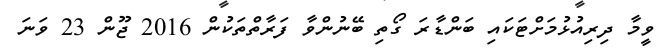
ވީމާ ދިރިއުޅުމަށްޓަކައި ބަންޑާރަ ގޯތި ބޭނުންވާ ފަރާތްތަކުން 2016 ޖޫން 23 ވަނަ